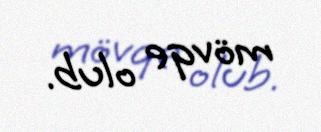
mövqe olub.